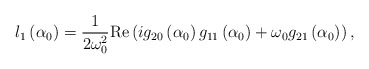
\begin{align*}l_{1}\left( \alpha _{0}\right) =\frac{1}{2\omega _{0}^{2}}\mathrm{Re}\left(ig_{20}\left( \alpha _{0}\right) g_{11}\left( \alpha _{0}\right) +\omega_{0}g_{21}\left( \alpha _{0}\right) \right) , \end{align*}